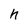
Character: h